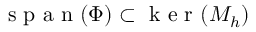
\mathrm { ~ s ~ p ~ a ~ n ~ } ( \Phi ) \subset \mathrm { ~ k ~ e ~ r ~ } ( M _ { h } )